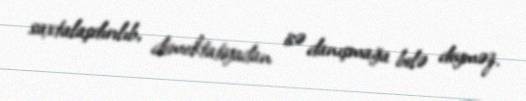
saxtalaşdırılıb, demoktatiyadan isə danışmağa belə deyməz.